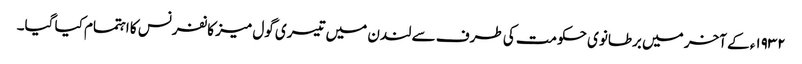
١٩٣٢ء کے آخر میں برطانوی حکومت کی طرف سے لندن میں تیسری گول میز کانفرنس کا اہتمام کیا گیا۔